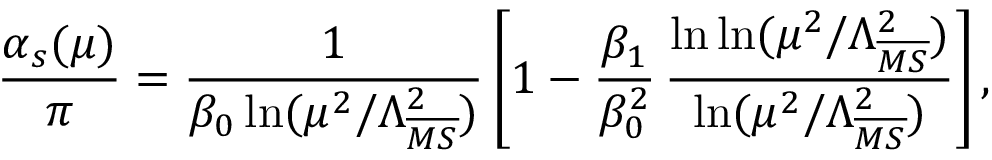
{ \frac { \alpha _ { s } ( \mu ) } { \pi } } = { \frac { 1 } { \beta _ { 0 } \ln ( \mu ^ { 2 } / \Lambda _ { \overline { { { M S } } } } ^ { 2 } ) } } \left[ 1 - { \frac { \beta _ { 1 } } { \beta _ { 0 } ^ { 2 } } } \, { \frac { \ln \ln ( \mu ^ { 2 } / \Lambda _ { \overline { { { M S } } } } ^ { 2 } ) } { \ln ( \mu ^ { 2 } / \Lambda _ { \overline { { { M S } } } } ^ { 2 } ) } } \right] ,